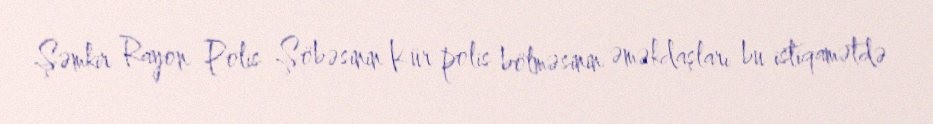
Şəmkir Rayon Polis Şöbəsinin Kür polis bölməsinin əməkdaşları bu istiqamətdə